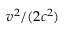
v ^ { 2 } / ( 2 c ^ { 2 } )